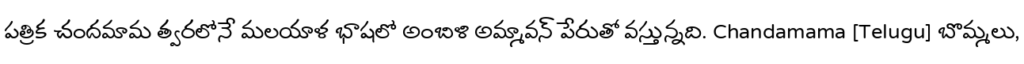
పత్రిక చందమామ త్వరలోనే మలయాళ భాషలో అంబిళి అమ్మావన్ పేరుతో వస్తున్నది. Chandamama [Telugu] బొమ్మలు,